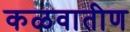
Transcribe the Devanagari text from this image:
कळवातीण